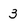
Character: 3